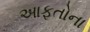
આફતોના